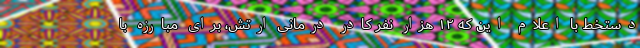
دستخط با اعلام این که ۱۲ هزار نفر کادر درمانی ارتش،‌ برای مبارزه با